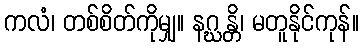
ကလံ၊ တစ်စိတ်ကိုမျှ။ နဂ္ဃန္တိ၊ မတူနိုင်ကုန်။